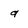
Character: 9